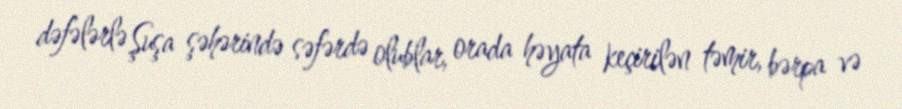
dəfələrlə Şuşa şəhərində səfərdə olublar, orada həyata keçirilən təmir, bərpa və